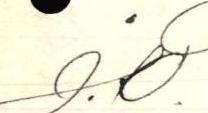
J.K.